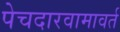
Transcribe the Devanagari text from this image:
पेचदारवामावर्त